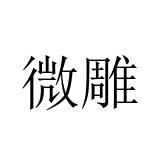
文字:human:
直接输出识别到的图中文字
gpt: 微雕